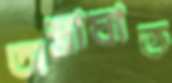
অস্ত্রাঘাত